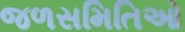
જળસમિતિઓ